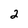
Character: 2